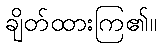
ချိတ်ထားကြ၏။